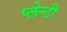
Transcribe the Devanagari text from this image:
प्लेन्टी